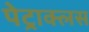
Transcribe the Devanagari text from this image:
पेट्राक्लस